Language: tamil
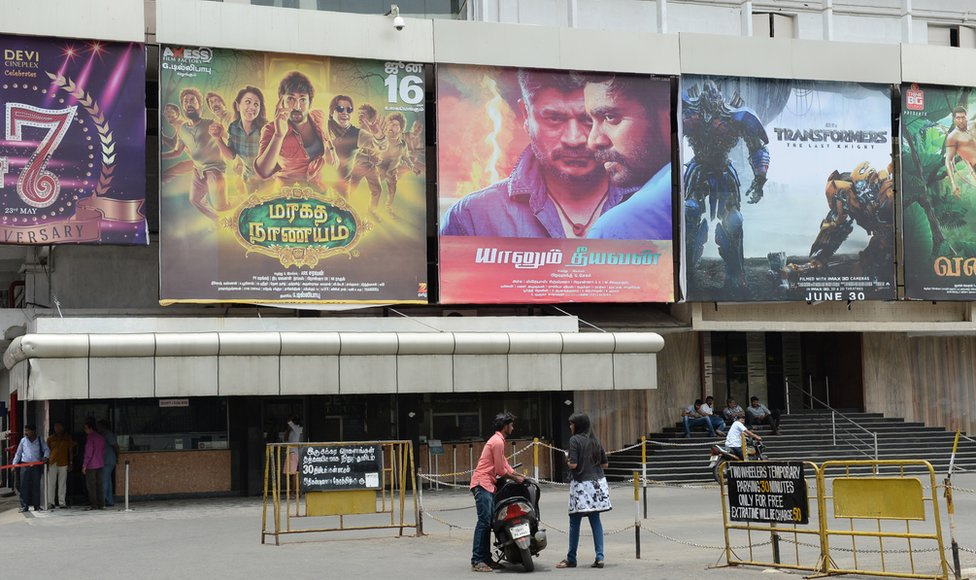
Transcription: யாறும் நாணயம் தீயவன் வ ஜூன மரகத